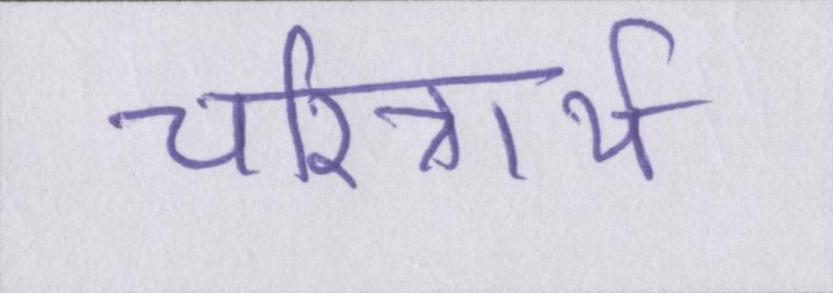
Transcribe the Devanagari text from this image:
चरित्रार्थ